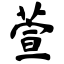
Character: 萱